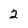
Character: 2